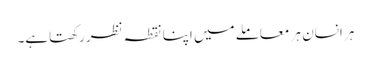
ہر انسان ہر معاملے میں اپنا نقطہ نظر رکھتاہے۔